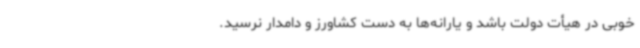
خوبی در هیأت دولت باشد و یارانه‌ها به دست کشاورز و دامدار نرسید.